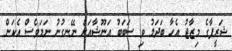
ޝަރީފާގެ މިޒާޖު އެހާ ބަދަލު ވި ސަބަބު އަނޫޝާއަށް ނޭނގުނު ނަމަވެސް އެކަން